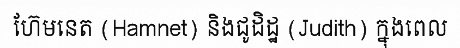
ហ៊ែមនេត (Hamnet) និងជូដិដ្ឋ (Judith) ក្នុងពេល